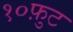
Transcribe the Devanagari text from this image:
१०फ़ुट